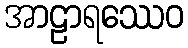
အာဠာရဿေဝ